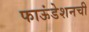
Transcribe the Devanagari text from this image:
फाऊंडेशनची